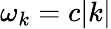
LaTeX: \omega_{k}=c|k|